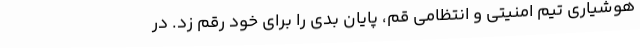
هوشیاری تیم امنیتی و انتظامی قم، پایان بدی را برای خود رقم زد. در